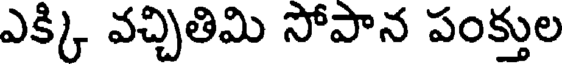
ఎక్కి వచ్చితిమి సోపాన పంక్తుల